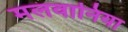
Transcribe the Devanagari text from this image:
मलवानिया